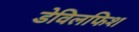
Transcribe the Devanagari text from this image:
डेविलफिश